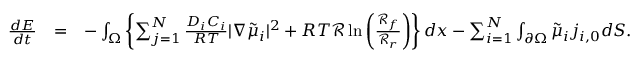
\begin{array} { r l r } { \frac { d E } { d t } } & { = } & { - \int _ { \Omega } \left\{ \sum _ { j = 1 } ^ { N } \frac { D _ { i } C _ { i } } { R T } | \nabla \tilde { \mu } _ { i } | ^ { 2 } + R T \mathcal { R } \ln \left( \frac { \mathcal { R } _ { f } } { \mathcal { R } _ { r } } \right) \right\} d x - \sum _ { i = 1 } ^ { N } \int _ { \partial \Omega } \tilde { \mu } _ { i } j _ { i , 0 } d S . } \end{array}